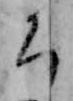
ち